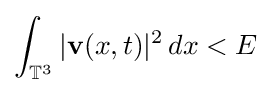
\int _{\mathbb {T} ^{3}}\vert \mathbf {v} (x,t)\vert ^{2}\,dx<E